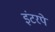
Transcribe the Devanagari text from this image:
इंटरपे